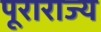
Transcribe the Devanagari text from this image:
पूराराज्य